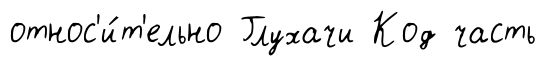
относ'и́т'ельно Глухачи Код часть